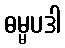
ဓမ္မပဒါ